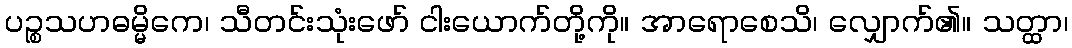
ပဉ္စသဟဓမ္မိကေ၊ သီတင်းသုံးဖော် ငါးယောက်တို့ကို။ အာရောစေသိ၊ လျှောက်၏။ သတ္ထာ၊